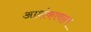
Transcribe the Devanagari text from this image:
आशंकावान